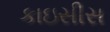
કાઇસીસ